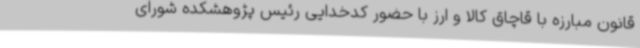
قانون مبارزه با قاچاق کالا و ارز با حضور کدخدایی رئیس پژوهشکده شورای